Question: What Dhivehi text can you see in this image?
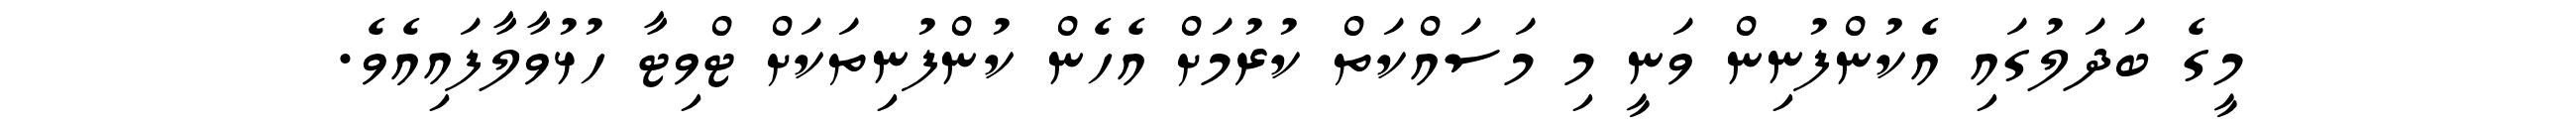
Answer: މީގެ ބަދަލުގައި އެކުންފުނިން ވަނީ މި މަސައްކަތް ކުރުމަށް އެހެން ކުންފުނިތަކަށް ޓްވިޓާ ހުޅުވާލާފައިއެވެ.